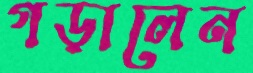
গড়ালেন